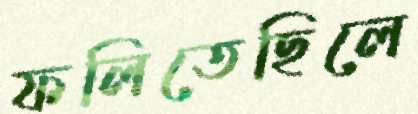
ফলিতেছিলে